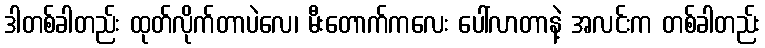
ဒါတစ်ခါတည်း ထုတ်လိုက်တာပဲလေ၊ မီးတောက်ကလေး ပေါ်လာတာနဲ့ အလင်းက တစ်ခါတည်း